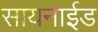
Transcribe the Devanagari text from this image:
सायनाईड